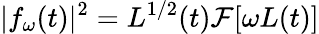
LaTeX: |f_{\omega}(t)|^{2}=L^{1/2}(t)\mathcal{F}[\omega L(t)]